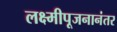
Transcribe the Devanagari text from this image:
लक्ष्मीपूजनानंतर